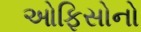
ઓફિસોનો